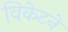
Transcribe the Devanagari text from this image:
विकेटने